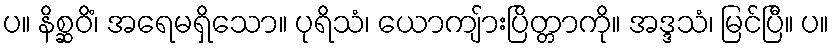
ပ။ နိစ္ဆဝိံ၊ အရေမရှိသော။ ပုရိသံ၊ ယောကျ်ားပြိတ္တာကို။ အဒ္ဒသံ၊ မြင်ပြီ။ ပ။